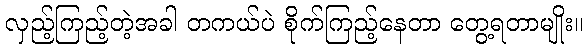
လှည့်ကြည့်တဲ့အခါ တကယ်ပဲ စိုက်ကြည့်နေတာ တွေ့ရတာမျိုး။